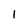
Character: 1